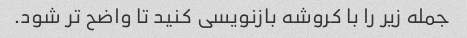
جمله زیر را با کروشه بازنویسی کنید تا واضح تر شود.